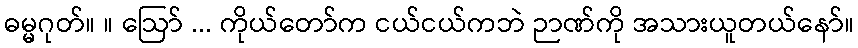
ဓမ္မဂုတ်။ ။ ဩော် ... ကိုယ်တော်က ငယ်ငယ်ကဘဲ ဉာဏ်ကို အသားယူတယ်နော်။